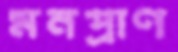
মনপ্রাণ